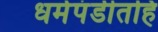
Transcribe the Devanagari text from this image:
धर्मपंडीतहि